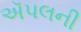
ઍપલની